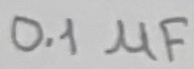
Text: 0.1µF